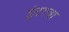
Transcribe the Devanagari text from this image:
इंटरचा